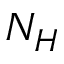
N _ { H }